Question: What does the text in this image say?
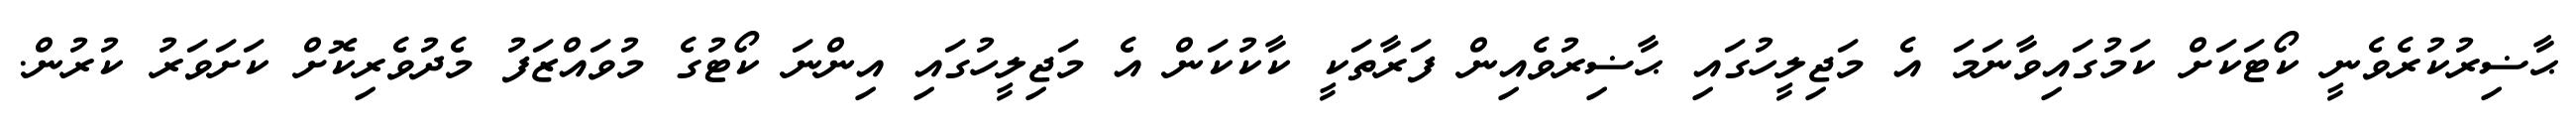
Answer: ޙާޟިރުކުރެވެނީ ކޯޓަކަށް ކަމުގައިވާނަމަ އެ މަޖިލީހުގައި ޙާޟިރުވެއިން ފަރާތަކީ ކާކުކަން އެ މަޖިލީހުގައި އިންނަ ކޯޓުގެ މުވައްޒަފު މެދުވެރިކޮށް ކަށަވަރު ކުރުން.